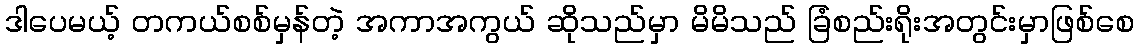
ဒါပေမယ့် တကယ်စစ်မှန်တဲ့ အကာအကွယ် ဆိုသည်မှာ မိမိသည် ခြံစည်းရိုးအတွင်းမှာဖြစ်စေ